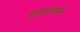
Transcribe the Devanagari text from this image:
हायडनने